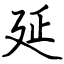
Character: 延